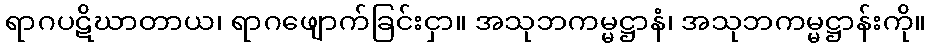
ရာဂပဋိဃာတာယ၊ ရာဂဖျောက်ခြင်းငှာ။ အသုဘကမ္မဋ္ဌာနံ၊ အသုဘကမ္မဋ္ဌာန်းကို။